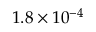
1 . 8 \times 1 0 ^ { - 4 }